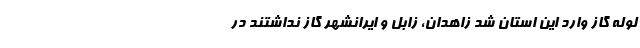
لوله گاز وارد این استان شد زاهدان، زابل و ایرانشهر گاز نداشتند در